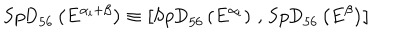
LaTeX: \mathrm { S p D } _ { 5 6 } \left( E ^ { \alpha _ { i } + \beta } \right) \equiv \left[ \mathrm { S p D } _ { 5 6 } \left( E ^ { \alpha _ { i } } \right) \, , \, \mathrm { S p D } _ { 5 6 } \left( E ^ { \beta } \right) \right]